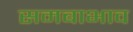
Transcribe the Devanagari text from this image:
समबाभाव